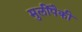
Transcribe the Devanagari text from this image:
मुलींपैकी